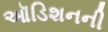
ઑડિશનની